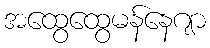
အထွေထွေမန်နေဂျာ